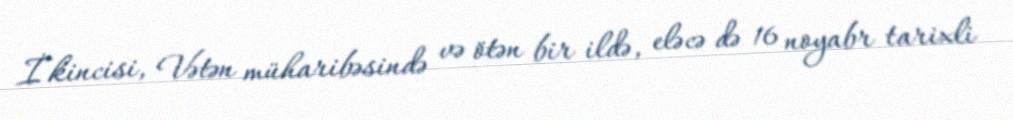
İkincisi, Vətən müharibəsində və ötən bir ildə, eləcə də 16 noyabr tarixli